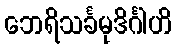
ဘေရိသင်္ခမုဒိင်္ဂါဟိ